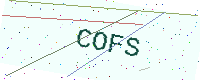
Text: COFS